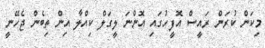
މިކަން ކުރަން ރައީސް އޮފީހުގައި އޮންނަ ލީގަލް ކިއްލާ އިން ތިބެން ޖެހޭނީ